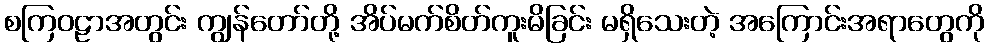
စကြဝဠာအတွင်း ကျွန်တော်တို့ အိပ်မက်စိတ်ကူးမိခြင်း မရှိသေးတဲ့ အကြောင်းအရာတွေကို